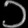
Digit: ၁